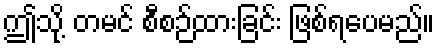
ဤသို့ တမင် စီစဉ်ထားခြင်း ဖြစ်ရပေမည်။